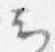
云